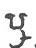
ឬ